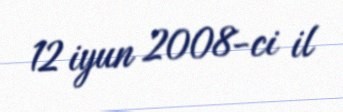
12 iyun 2008-ci il